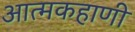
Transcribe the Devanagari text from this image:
आत्मकहाणी